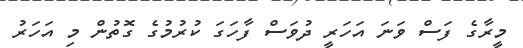
މީރާގެ ފަސް ވަނަ އަހަރީ ދުވަސް ފާހަގަ ކުރުމުގެ ގޮތުން މި އަހަރު